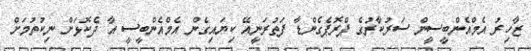
ޒާހިރު އެމްއެންބީސީން ސަރުކާރުގެ ޕްރޮޕެގެންޑާ ފަތުރަނީއޭ ކިޔައިގެން އެމްއެންބީސީ އާ ދެކޮޅަށް ނިކުތުމަށް